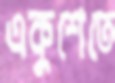
একুশেতে